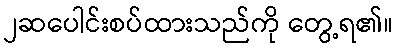
၂ဆပေါင်းစပ်ထားသည်ကို တွေ့ရ၏။